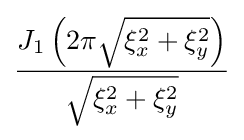
{\frac {J_{1}\left(2\pi {\sqrt {\xi _{x}^{2}+\xi _{y}^{2}}}\right)}{\sqrt {\xi _{x}^{2}+\xi _{y}^{2}}}}